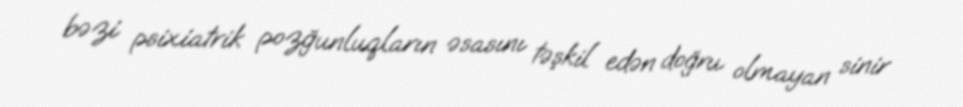
bəzi psixiatrik pozğunluqların əsasını təşkil edən doğru olmayan sinir